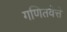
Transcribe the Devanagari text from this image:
गणितवेत्ते